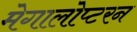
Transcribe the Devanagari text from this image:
मेगालोप्टरन